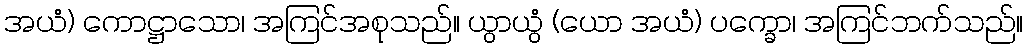
အယံ) ကောဋ္ဌာသော၊ အကြင်အစုသည်။ ယွာယွံ (ယော အယံ) ပက္ခော၊ အကြင်ဘက်သည်။